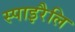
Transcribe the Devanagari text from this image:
स्पाइरैलि